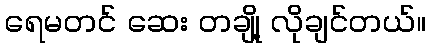
ရေမတင် ဆေး တချို့ လိုချင်တယ်။